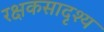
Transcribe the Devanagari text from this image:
रक्षकसादृश्य